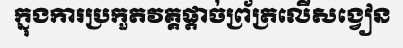
ក្នុងការប្រកួតវគ្គផ្តាច់ព្រ័ត្រលើសង្វៀន